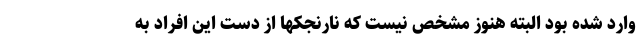
وارد شده بود البته هنوز مشخص نیست که نارنجکها از دست این افراد به